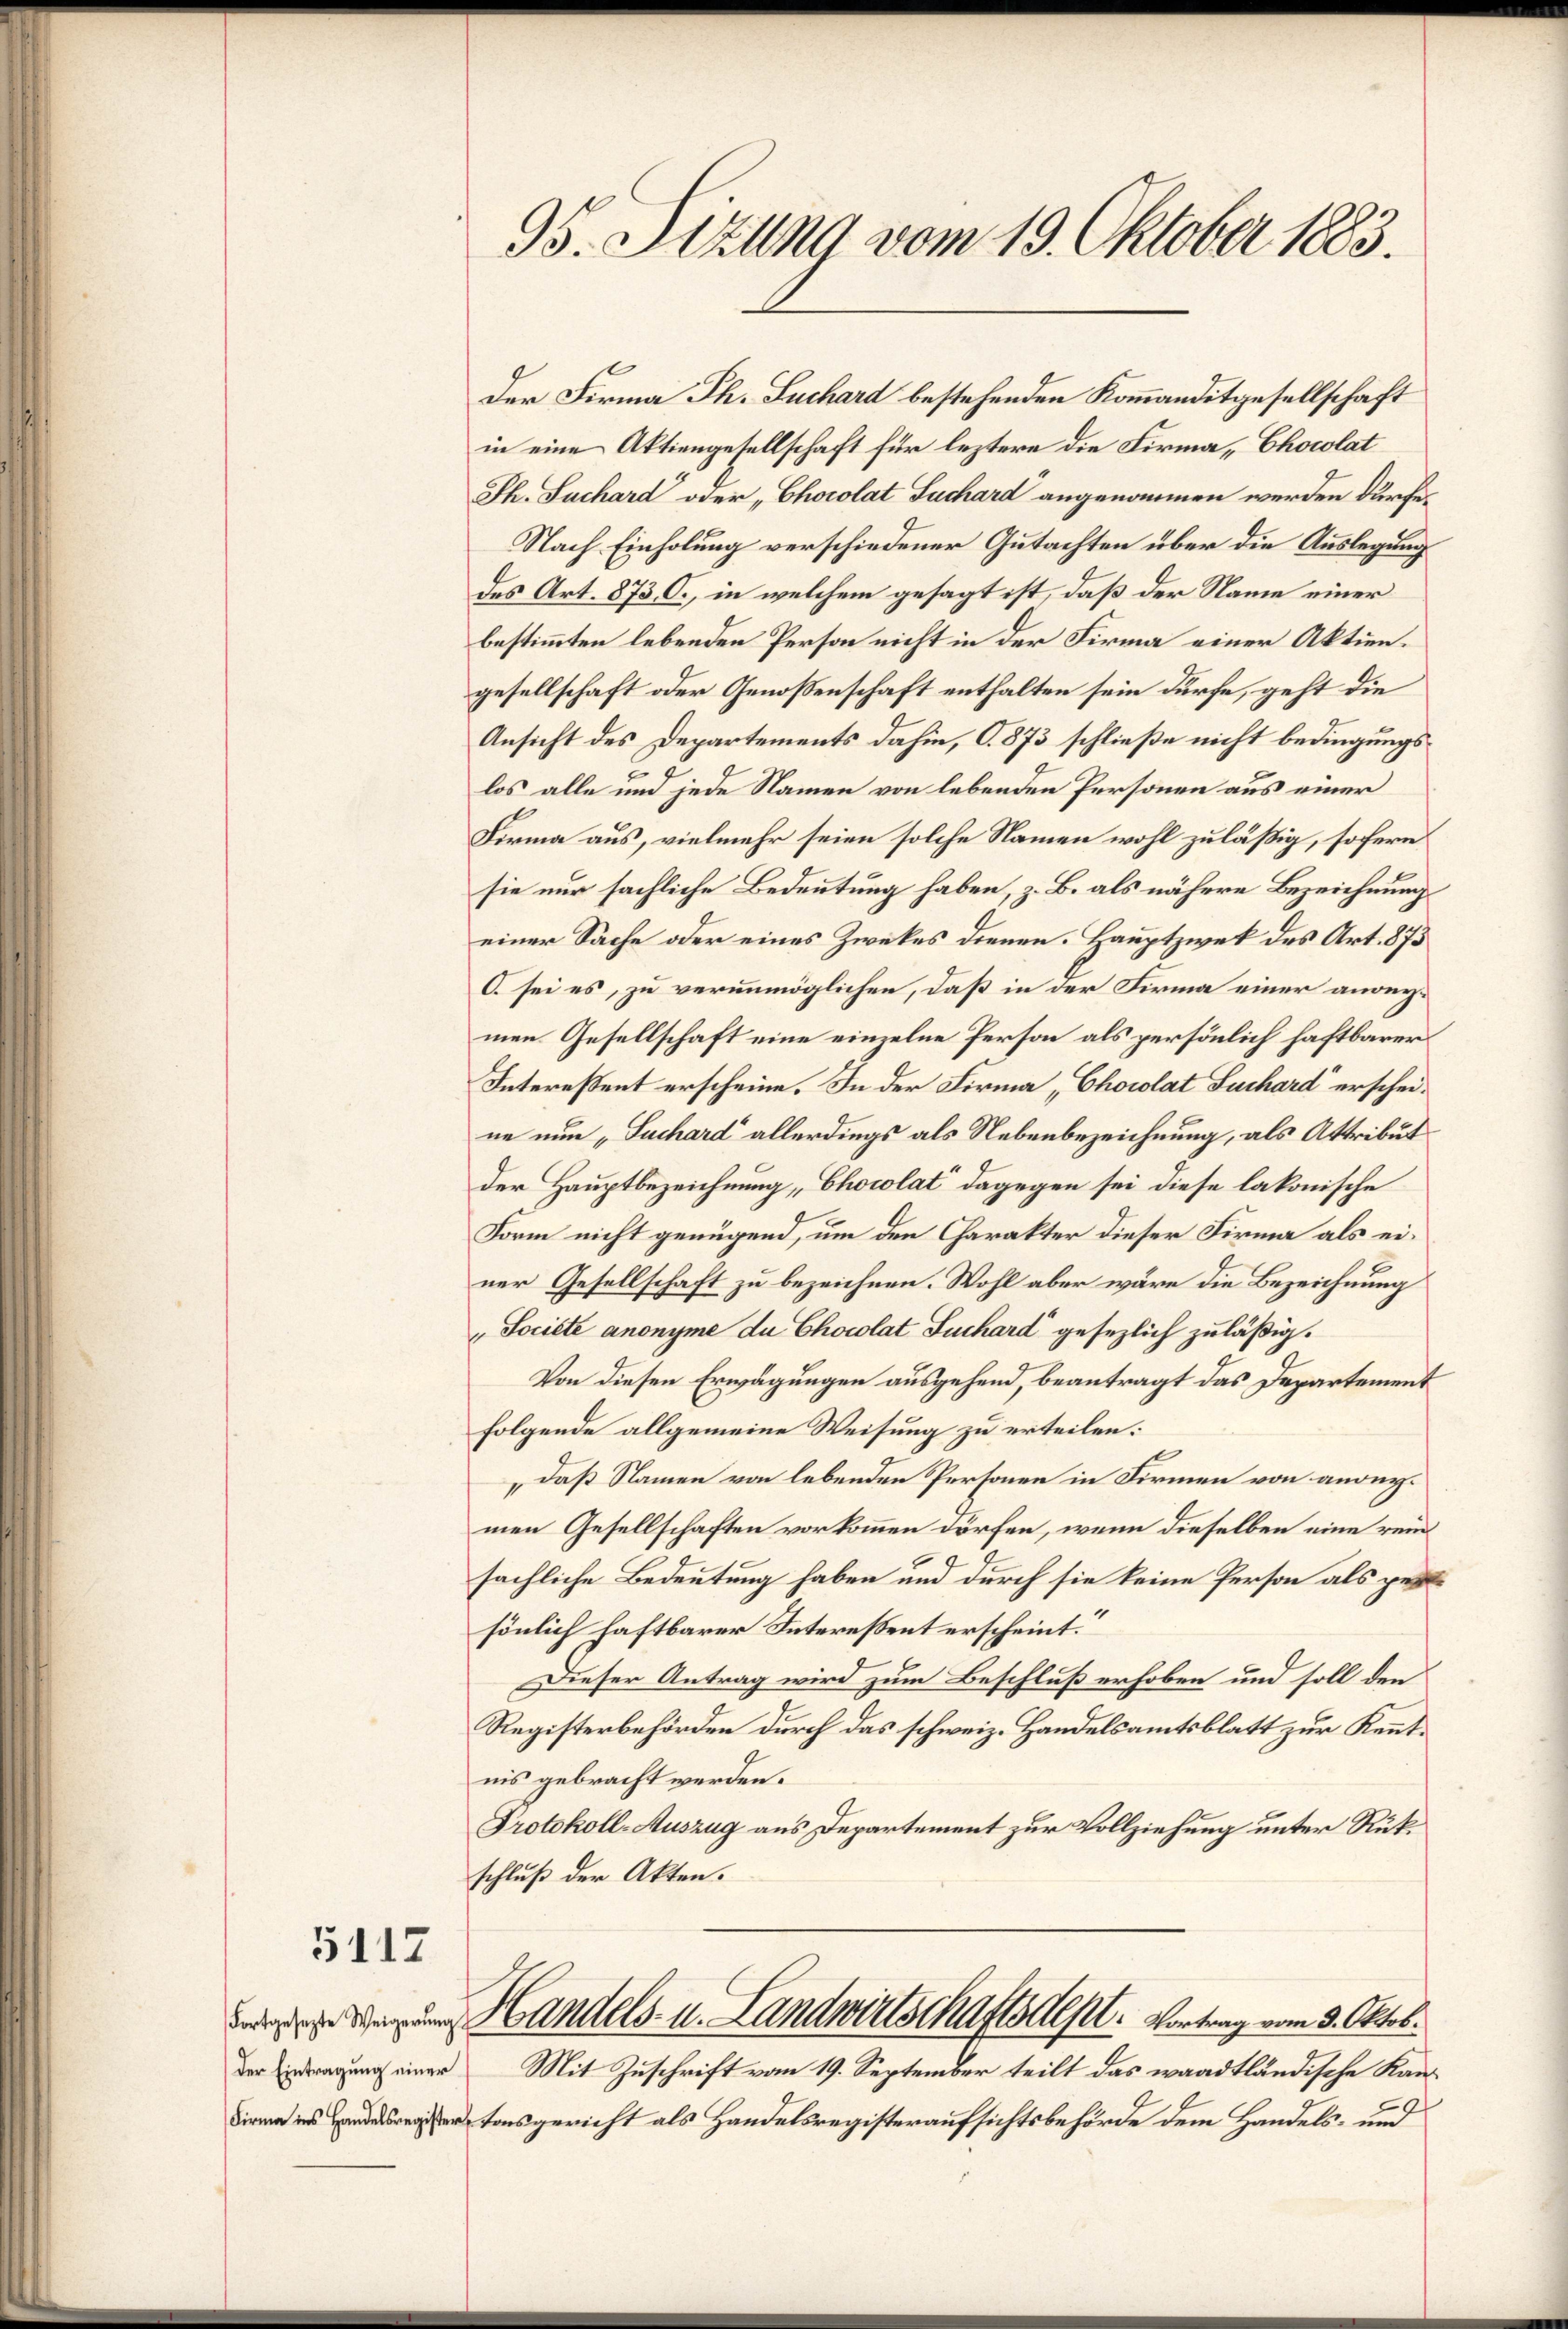
5112

Der Eintragung einer
Firma ins Handelsregister

Der Firma Th. Suchard bestehenden Kommanditgesellschaft
in eine Aktiengesellschaft für leztere die Firma, Chocolat
Jh. Suchard oder "Chocolat Suchard angenommen werden dürfe¬
Nach Einholung verschiedener Gutachten über die Auslegung
des Art. 873 C., in welchem gesagt ist, daß der Name einer
bestimmten lebenden Person nicht in der Firma einer Aktiengesellschaft oder Genossenschaft enthalten sein dürfe, geht die
Ansicht des Departements dahin, C. 873 schließe nicht bedingungslos alle und jede Namen von lebenden Personen aus einer
Firma aus, vielmehr seien solche Namen wohl zuläßig, sofern
sie nur sächliche Bedeutung haben, z. B. als nähere Bezeichnung
einer Sache oder eines Zweckes dienen. Hauptzwek des Art. 873
O. sei es, zu verunmöglichen, daß in der Firma einer angegmen Gesellschaft eine einzelne Person als persönlich haftbarer
Interessent erscheine. In der Firma „Chocolat Luchard erscheine nun „Suchard allerdings als Nebenbezeichnung, als Attribut
der Hauptbezeichnung „Chocolat“ dagegen sei diese lakonische
Form nicht genügend, um den Charakter dieser Firma als einer Gesellschaft zu bezeichnen. Wohl aber wäre die Bezeichnung
„ Societe anonyme du Chocolat Suchard gesezlich zuläßig.
Von diesen Erwägungen ausgehend, beantragt das Departement
folgende allgemeine Weisung zu erteilen:
daß Namen von lebenden Personen in Firmen von andermen Gesellschaften vorkommen dürfen, wenn dieselben eine rein
sächliche Bedeutung haben und durch sie keine Person als gesönlich haftbarer Interessent erscheint.
Dieser Antrag wird zum Beschluß erhoben und soll den
Registerbehörden durch das schweiz. Handelsamtsblatt zur Kenntnis gebracht werden.
Protokoll-Auszug aus Departement zur Vollziehung unter Rükschluß der Akten.
d Handels- u. Landwirtschaftsdept. Vortrag vom 3. Oktob.
Mit Zuschrift vom 19. September teilt das waadtländische Kantonsgericht als Handelsregisteraufsichtsbehörde dem Handels- und

95. Sitzung vom 19. Oktober 1883.